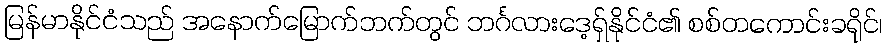
မြန်မာနိုင်ငံသည် အနောက်မြောက်ဘက်တွင် ဘင်္ဂလားဒေ့ရှ်နိုင်ငံ၏ စစ်တကောင်းခရိုင်၊